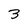
Character: 3